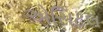
એસિટલ